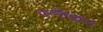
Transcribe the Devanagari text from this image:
पाणीमहाल